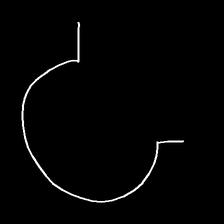
Glyph: weave